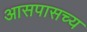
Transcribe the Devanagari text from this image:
आसपासच्य